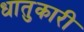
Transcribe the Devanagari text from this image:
धातुकारी